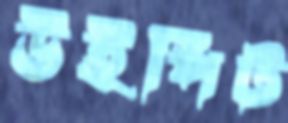
উইপিট